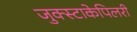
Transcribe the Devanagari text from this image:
जुक्स्टाकेपिलरी